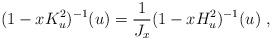
LaTeX: \begin{align*}(1-xK_u^2)^{-1}(u)=\frac{1}{J_x}(1-xH_u^2)^{-1}(u)\ ,\end{align*}